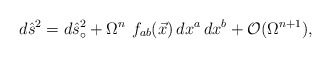
\begin{align*}d{\hat s}^2 = d{\hat s}_{\circ}^2 + \Omega^n \, \, f_{ab}(\vec x) \,dx^a \, dx^b +{\cal O}(\Omega^{n+1}),\end{align*}